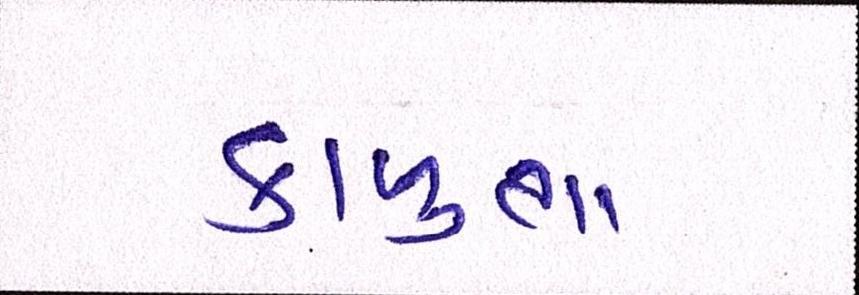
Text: કાળુભા